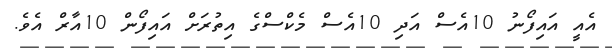
އެއީ އައިފޯނު 10އެސް އަދި 10އެސް މެކްސްގެ އިތުރަށް އައިފޯން 10އާރް އެވެ.